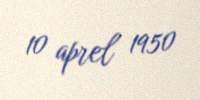
10 aprel 1950